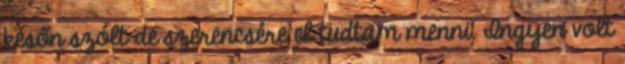
későn szólt de szerencsére el tudtam menni. Ingyen volt